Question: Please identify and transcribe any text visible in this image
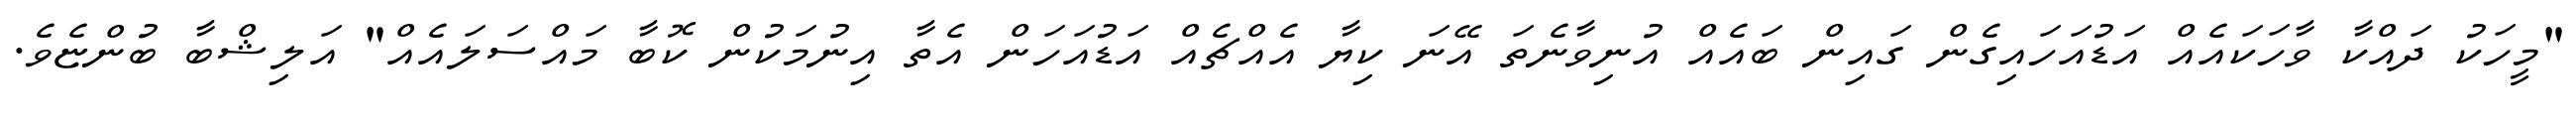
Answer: "މީހަކު ދައްކާ ވާހަކައެއް އަޑުއަހައިގެން ގައިން ބައެއް އުނިވާނެތަ އޭނަ ކިޔާ އެއްޗެއް އަޑުއަހަން އެތާ އިނުމަކުން ކޮބާ މައްސަލައެއް" އަލިޝްބާ ބުންޏެވެ.